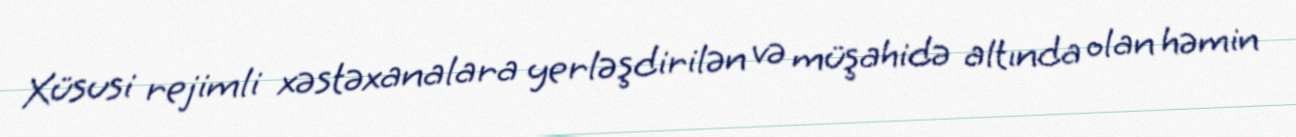
Xüsusi rejimli xəstəxanalara yerləşdirilən və müşahidə altında olan həmin